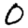
Digit: 0